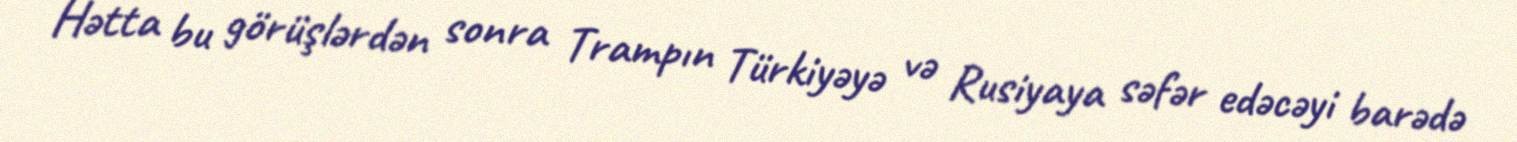
Hətta bu görüşlərdən sonra Trampın Türkiyəyə və Rusiyaya səfər edəcəyi barədə